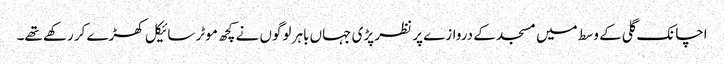
اچانک گلی کے وسط میں مسجد کے دروازے پر نظر پڑی جہاں باہر لوگوں نے کچھ موٹر سائیکل کھڑے کر رکھے تھے۔